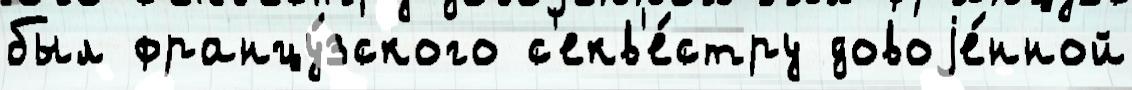
был францу́зского с'екв'е́стру довоjе́нной